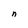
Character: n